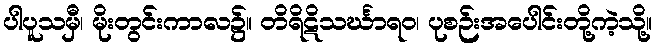
ပါပူသမှီ၊ မိုးတွင်းကာလ၌။ တိရိဋိသင်္ဃာရဝ၊ ပုစဉ်းအပေါင်းတို့ကဲ့သို့။